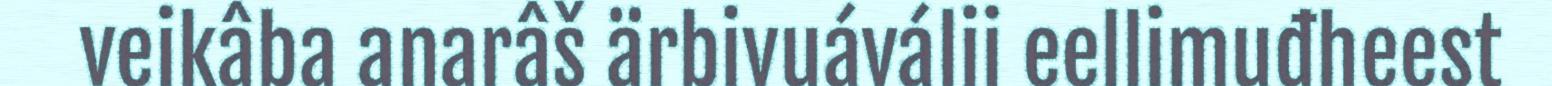
veikâba anarâš ärbivuáválii eellimuđheest